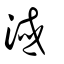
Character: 淢